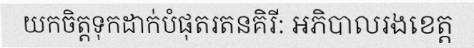
យកចិត្តទុកដាក់បំផុតរតនគិរី: អភិបាលរងខេត្ត